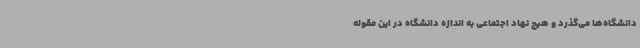
دانشگاه‌ها می‌گذرد و هیچ نهاد اجتماعی به اندازه دانشگاه در این مقوله